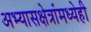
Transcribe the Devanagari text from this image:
अभ्यासक्षेत्रांमध्येही